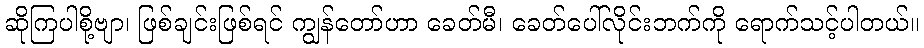
ဆိုကြပါစို့ဗျာ၊ ဖြစ်ချင်းဖြစ်ရင် ကျွန်တော်ဟာ ခေတ်မီ၊ ခေတ်ပေါ်လိုင်းဘက်ကို ရောက်သင့်ပါတယ်။